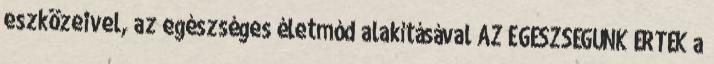
eszközeivel, az egészséges életmód alakításával AZ EGÉSZSÉGÜNK ÉRTÉK a